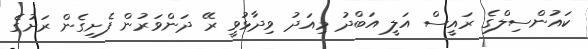
ކައުންސިލްގެ ރައީސް އަލީ އަބްދު މިއަދު ވިދާޅުވީ ރޭ ދަންވަރުން ފެށިގެން ރަށުގެ